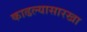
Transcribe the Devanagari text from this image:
काढल्यासारखा